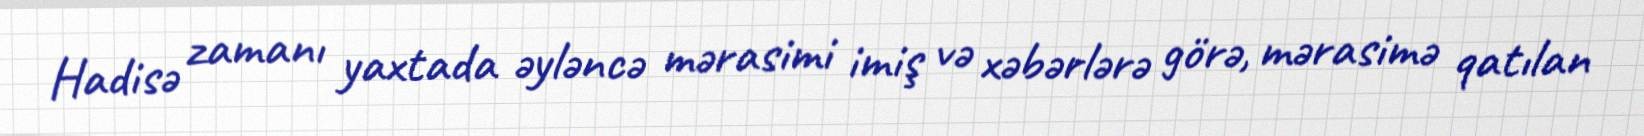
Hadisə zamanı yaxtada əyləncə mərasimi imiş və xəbərlərə görə, mərasimə qatılan